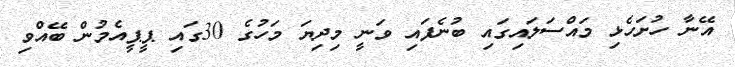
އޭނާ ހުށަހެޅި މައްސަލައިގައި ބުނެފައި ވަނީ މިދިޔަ މަހުގެ 30ގައި ޕީޕީއެމުން ބޭއްވި